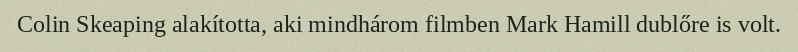
Colin Skeaping alakította, aki mindhárom filmben Mark Hamill dublőre is volt.